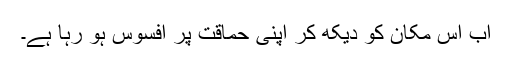
اب اس مکان کو دیکھ کر اپنی حماقت پر افسوس ہو رہا ہے۔